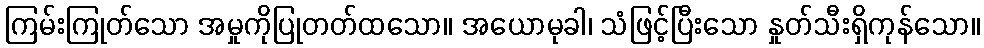
ကြမ်းကြုတ်သော အမှုကိုပြုတတ်ထသော။ အယောမုခါ၊ သံဖြင့်ပြီးသော နှုတ်သီးရှိကုန်သော။